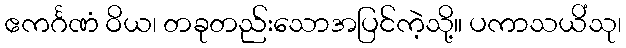
ဧကင်္ဂဏံ ဝိယ၊ တခုတည်းသောအပြင်ကဲ့သို့။ ပကာသယိံသု၊